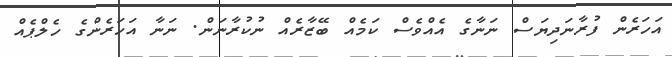
އަހަރެން ފުރާނަދިޔަސް ނަނާގެ އެއްވެސް ކަމެއް ބޭޒާރެއް ނުކުރާނަން. ނަނާ އަހަރެންގެ ހެލްޕެއް